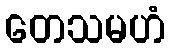
တေသမဟံ